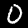
Label: 0